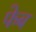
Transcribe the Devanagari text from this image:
फेब